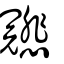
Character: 𠖤